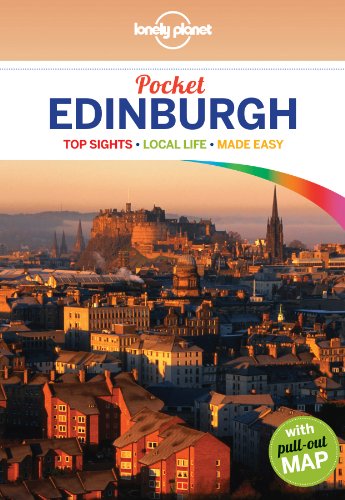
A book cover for Lonely Planet Pocket Edinburgh (Travel Guide); Lonely Planet; Travel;